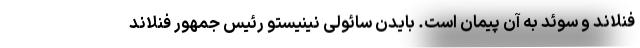
فنلاند و سوئد به آن پیمان است. بایدن سائولی نینیستو رئیس جمهور فنلاند